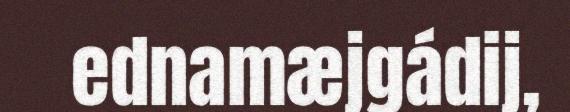
ednamæjgádij,